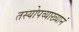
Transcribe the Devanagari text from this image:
तस्योपव्याख्यानं